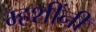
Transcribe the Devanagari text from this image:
म्हशींनी